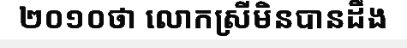
២០១០ថា លោកស្រីមិនបានដឹង